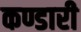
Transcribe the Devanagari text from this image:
कण्डारी